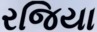
રજિયા